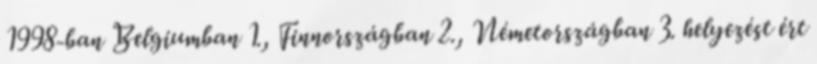
1998-ban Belgiumban 1., Finnországban 2., Németországban 3. helyezést ért